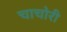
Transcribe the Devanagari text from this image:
चाचोरी